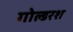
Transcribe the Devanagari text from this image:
गोल्डरश